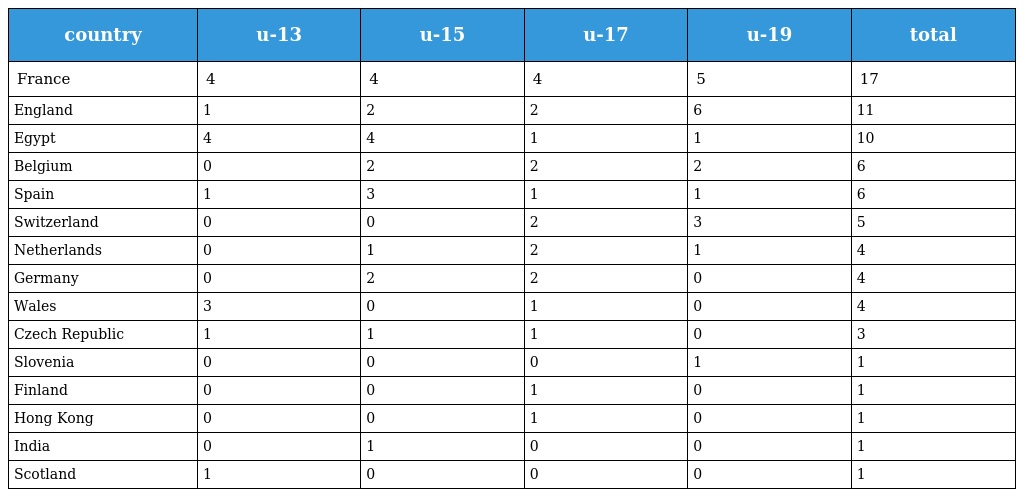
| country | u-13 | u-15 | u-17 | u-19 | total |
 | --- | --- | --- | --- | --- | --- |
 | France | 4 | 4 | 4 | 5 | 17 |
 | England | 1 | 2 | 2 | 6 | 11 |
 | Egypt | 4 | 4 | 1 | 1 | 10 |
 | Belgium | 0 | 2 | 2 | 2 | 6 |
 | Spain | 1 | 3 | 1 | 1 | 6 |
 | Switzerland | 0 | 0 | 2 | 3 | 5 |
 | Netherlands | 0 | 1 | 2 | 1 | 4 |
 | Germany | 0 | 2 | 2 | 0 | 4 |
 | Wales | 3 | 0 | 1 | 0 | 4 |
 | Czech Republic | 1 | 1 | 1 | 0 | 3 |
 | Slovenia | 0 | 0 | 0 | 1 | 1 |
 | Finland | 0 | 0 | 1 | 0 | 1 |
 | Hong Kong | 0 | 0 | 1 | 0 | 1 |
 | India | 0 | 1 | 0 | 0 | 1 |
 | Scotland | 1 | 0 | 0 | 0 | 1 |